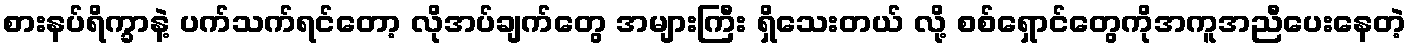
စားနပ်ရိက္ခာနဲ့ ပက်သက်ရင်တော့ လိုအပ်ချက်တွေ အများကြီး ရှိသေးတယ် လို့ စစ်ရှောင်တွေကိုအကူအညီပေးနေတဲ့